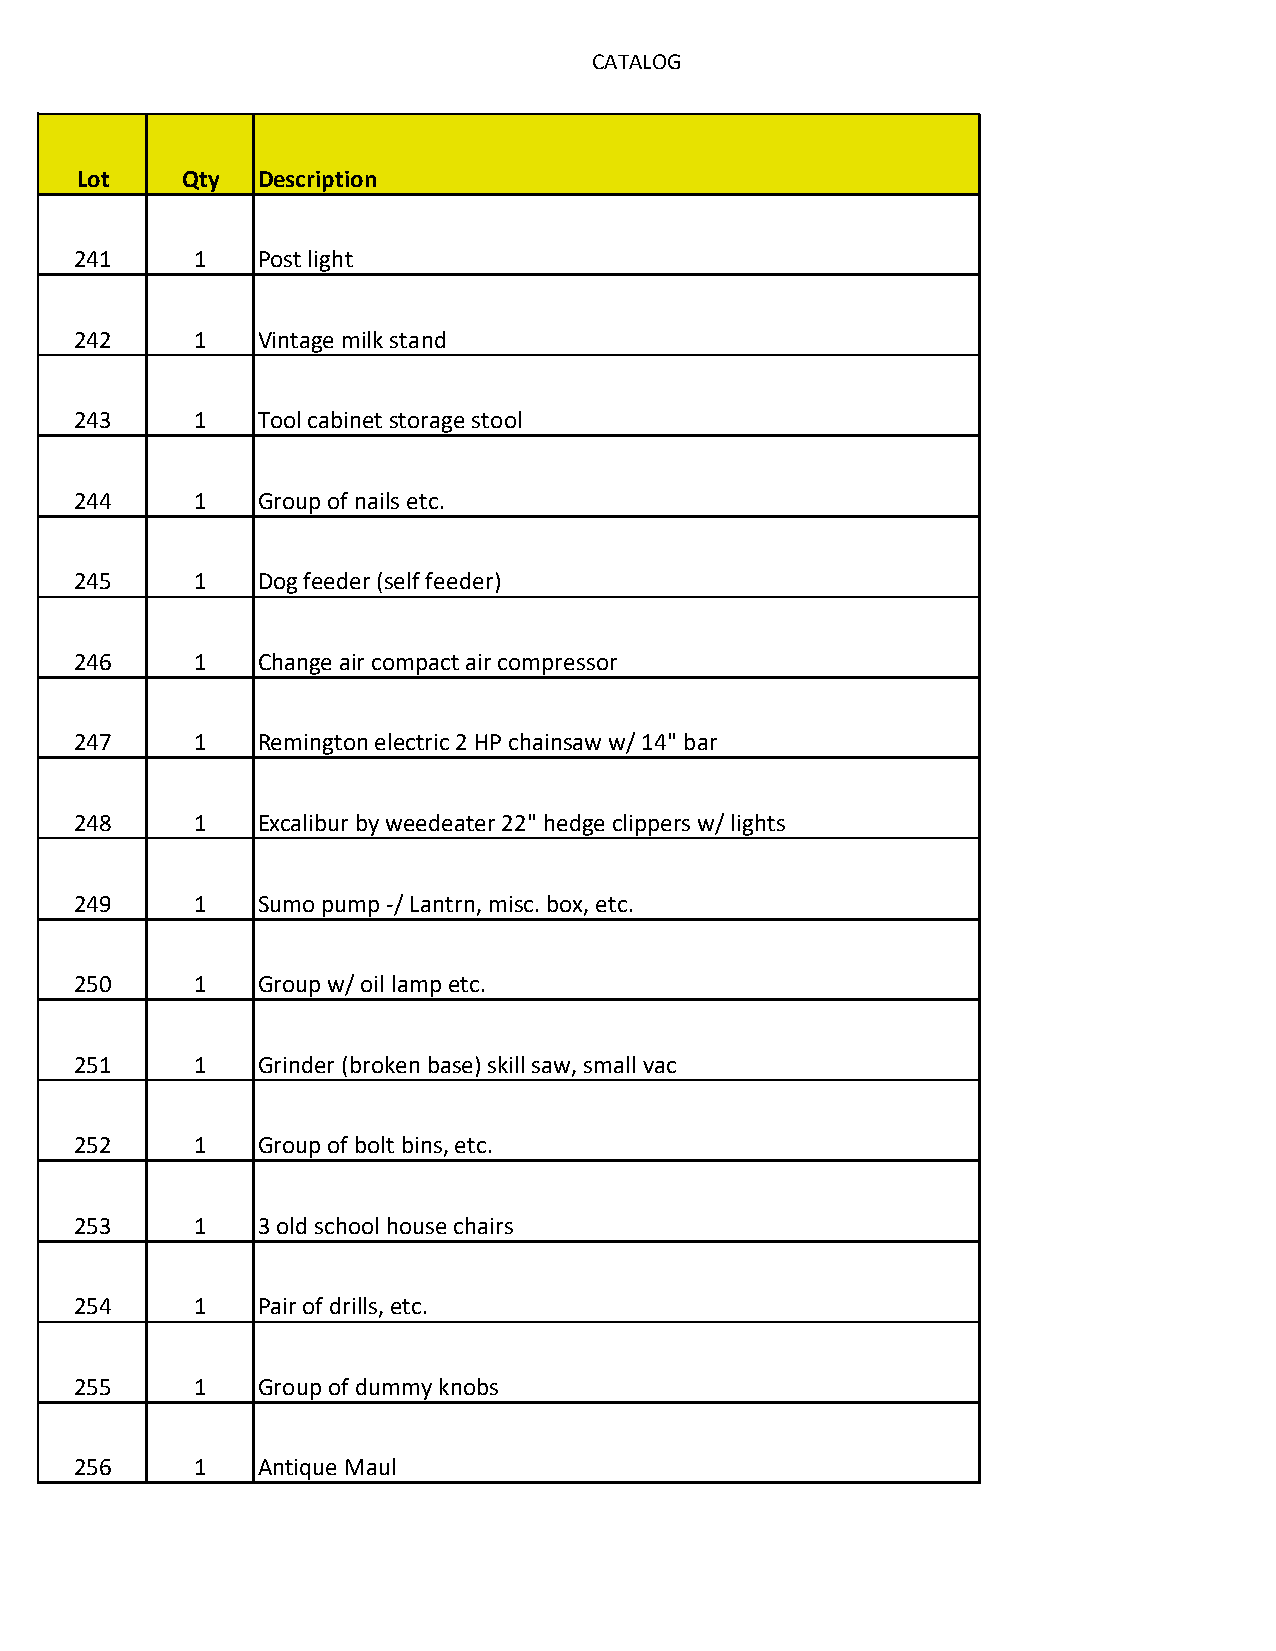
CATALOG
 Lot    Qty  Description
 241     1   Post light
 242     1   Vintage milk stand
 243     1   Tool cabinet storage stool
 244     1   Group of nails etc.
 245     1   Dog feeder (self feeder)
 246     1   Change air compact air compressor
 247     1   Remington electric 2 HP chainsaw w/ 14" bar
 248     1   Excalibur by weedeater 22" hedge clippers w/ lights
 249     1   Sumo pump -/ Lantrn, misc. box, etc.
 250     1   Group w/ oil lamp etc.
 251     1   Grinder (broken base) skill saw, small vac
 252     1   Group of bolt bins, etc.
 253     1   3 old school house chairs
 254     1   Pair of drills, etc.
 255     1   Group of dummy knobs
 256     1   Antique Maul